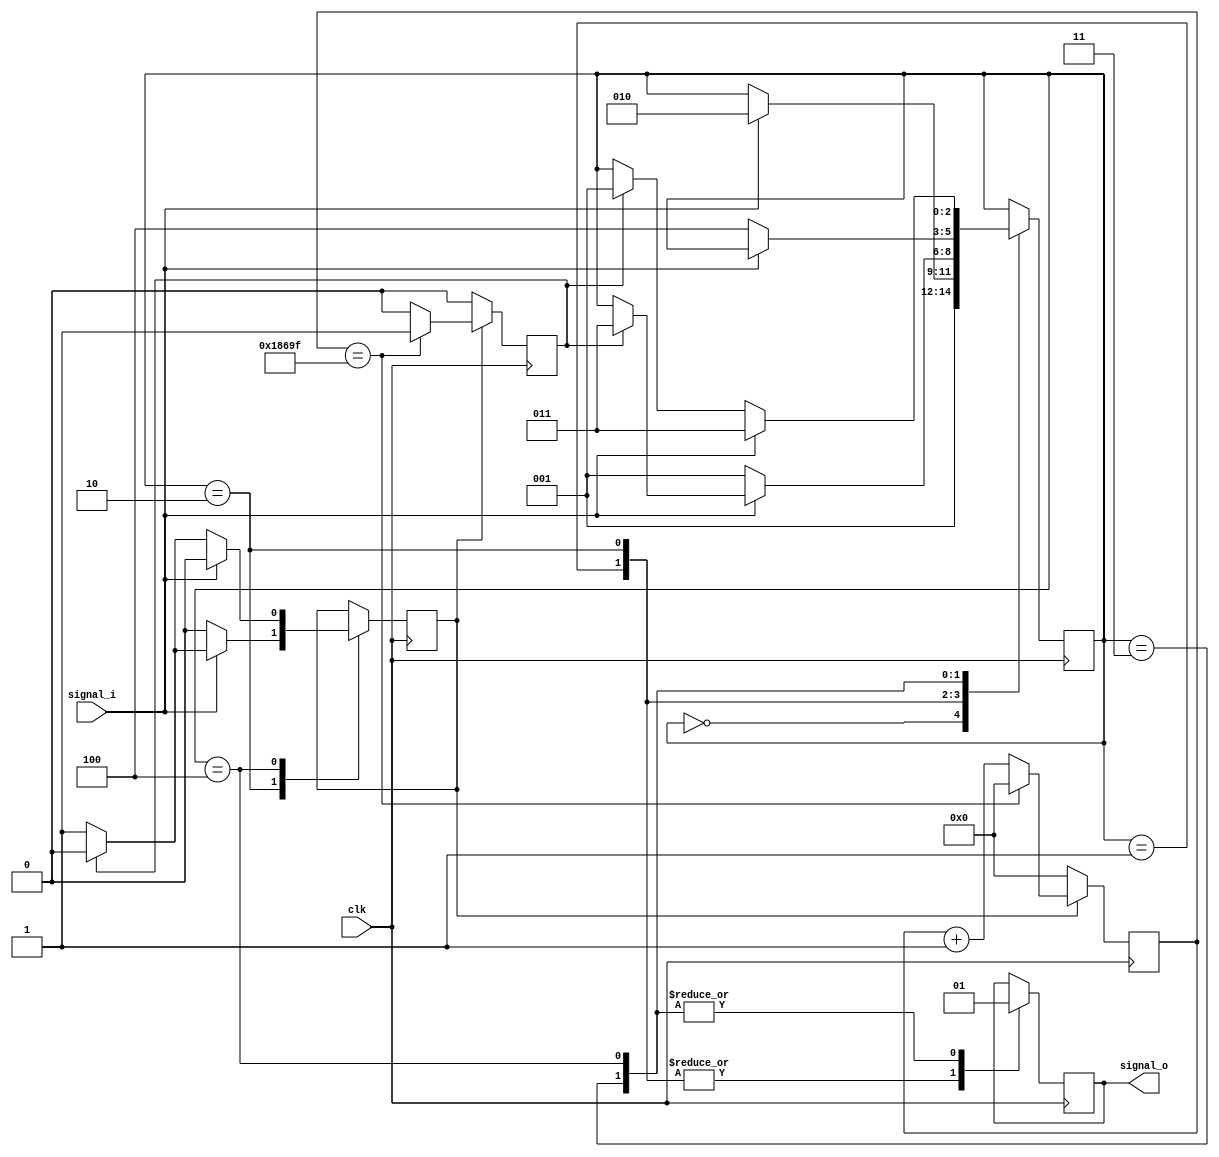
`timescale 1ns / 1ps
//`define SIMULATION

module debouncer(
input clk,
input signal_i,
output reg signal_o
    );
    
    parameter clock_freq = 100000000,
              debounce_time = 1000,
              initial_value = 1'b0;

    localparam timerlim = clock_freq / debounce_time;
			  
	`ifdef SIMULATION
		localparam s_initial = "s_initial",
				   s_zero = "s_zero",
				   s_zero_to_one = "s_zero_to_one",
				   s_one = "s_one",
				   s_one_to_zero = "s_one_to_zero";			   
		reg [13*8-1 : 0] state = s_initial;
		
	`else
		localparam s_initial = 3'b000,
				   s_zero = 3'b001,
				   s_zero_to_one = 3'b010,
				   s_one = 3'b011,
				   s_one_to_zero = 3'b100;				   
		reg [2:0] state = s_initial;		
	`endif

    reg [16:0] timer = 17'b0;
	reg timer_en = 1'b0, timer_tick = 1'b0;
    
    always@ (posedge clk) begin
    
        case (state)
        
            s_initial: begin
                if (initial_value == 1'b0)
                    state = s_zero;
                else
                    state = s_one;
            end
                    
            s_zero: begin
                signal_o <= 1'b0;
                
                if (signal_i == 1'b1)
                    state <= s_zero_to_one;
            end
                  
            s_zero_to_one: begin
                signal_o <= 1'b0;
                timer_en <= 1'b1;
                
                if (timer_tick == 1'b1) begin
                    state <= s_one;
                    timer_en <= 1'b0;
                end
                
                if (signal_i == 1'b0) begin
                    state <= s_zero;
                    timer_en <= 1'b0;
                end
            end
            
            s_one: begin
                signal_o <= 1'b1;
                
                if (signal_i == 1'b0)
                    state <= s_one_to_zero;
            end
            
            s_one_to_zero: begin
                signal_o <= 1'b1;
                timer_en <= 1'b1;
                
                if (timer_tick == 1'b1) begin
                    state <= s_zero;
                    timer_en <= 1'b0;
                end
                
                if (signal_i == 1'b1) begin
                    state <= s_one;
                    timer_en <= 1'b0;
                end
            end
            
        endcase
        
        if (timer_en == 1'b1) begin
            if (timer == (timerlim - 1)) begin
                timer_tick <= 1'b1;
                timer <= 17'b0;
            end    
            else begin
                timer_tick <= 1'b0;
                timer <= timer + 17'b1;
            end
        end       
        else begin
            timer <= 17'b0;
            timer_tick <= 1'b0;
        end    
            
    end 
                      
endmodule